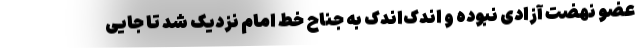
عضو نهضت آزادی نبوده و اندک‌اندک به جناح خط امام نزدیک شد تا جایی